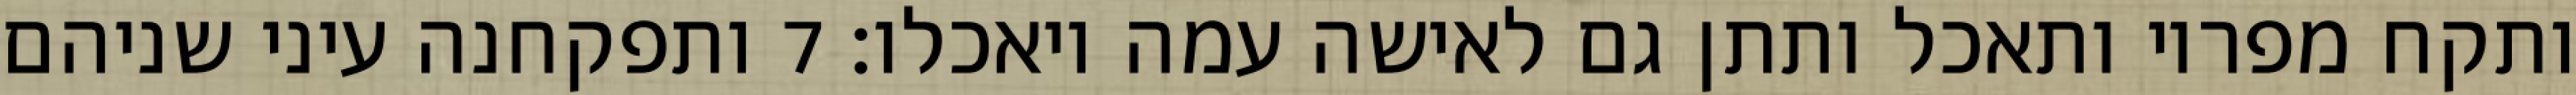
ותקח מפריו ותאכל ותתן גם לאישה עמה ויאכלו׃ ‎7‏ ותפקחנה עיני שניהם